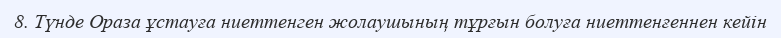
8. Түнде Ораза ұстауға ниеттенген жолаушының тұрғын болуға ниеттенғеннен кейін